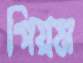
গিয়ম